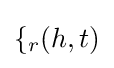
{\mathcal {f}}_{r}(h,t)